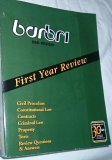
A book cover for Barbri Bar Review - Civil Procedure, Constitutional Law, Contracts, Criminal Law, Property, Torts, R; Richard J. Conviser; Law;